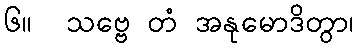
၆။  သဗ္ဗေ တံ အနုမောဒိတွာ၊